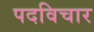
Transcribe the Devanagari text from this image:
पदविचार